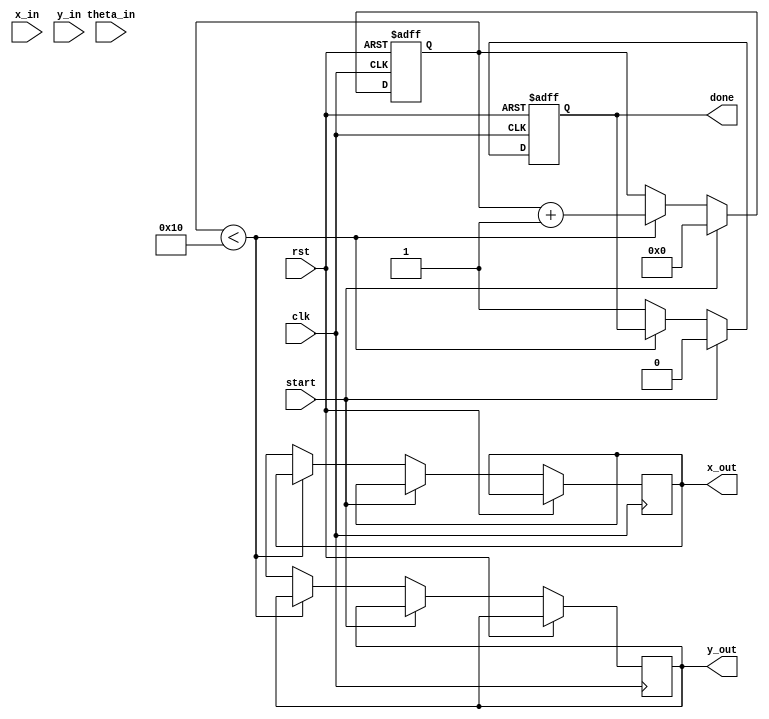
module Pipeline_CORDIC (
    input clk,                // Clock signal
    input rst,                // Reset signal
    input start,              // Start signal for processing
    input [15:0] x_in,        // Input X coordinate (fixed-point)
    input [15:0] y_in,        // Input Y coordinate (fixed-point)
    input [15:0] theta_in,    // Input angle (fixed-point)
    output reg [15:0] x_out,   // Output X coordinate (fixed-point)
    output reg [15:0] y_out,   // Output Y coordinate (fixed-point)
    output reg done            // Done signal
);

// Parameters
parameter NUM_ITERATIONS = 16; // Number of CORDIC iterations
parameter FIXED_POINT_SCALE = 16; // Fixed-point scaling

// Internal registers
reg [15:0] x_reg [0:NUM_ITERATIONS-1]; // Pipeline registers for X
reg [15:0] y_reg [0:NUM_ITERATIONS-1]; // Pipeline registers for Y
reg [15:0] theta_reg [0:NUM_ITERATIONS-1]; // Pipeline registers for angle
reg [3:0] iteration; // Current iteration
reg [15:0] angle_lookup [0:NUM_ITERATIONS-1]; // Lookup table for angles

// Initialize angle lookup table
initial begin
    angle_lookup[0] = 16'h2000; // atan(2^-0)
    angle_lookup[1] = 16'h199A; // atan(2^-1)
    angle_lookup[2] = 16'h1333; // atan(2^-2)
    angle_lookup[3] = 16'h0DB9; // atan(2^-3)
    angle_lookup[4] = 16'h0A3D; // atan(2^-4)
    angle_lookup[5] = 16'h0524; // atan(2^-5)
    angle_lookup[6] = 16'h028F; // atan(2^-6)
    angle_lookup[7] = 16'h0145; // atan(2^-7)
    angle_lookup[8] = 16'h00A2; // atan(2^-8)
    angle_lookup[9] = 16'h0051; // atan(2^-9)
    angle_lookup[10] = 16'h0029; // atan(2^-10)
    angle_lookup[11] = 16'h0014; // atan(2^-11)
    angle_lookup[12] = 16'h000A; // atan(2^-12)
    angle_lookup[13] = 16'h0005; // atan(2^-13)
    angle_lookup[14] = 16'h0003; // atan(2^-14)
    angle_lookup[15] = 16'h0001; // atan(2^-15)
end

// Control logic
always @(posedge clk or posedge rst) begin
    if (rst) begin
        iteration <= 0;
        done <= 0;
    end else if (start) begin
        // Initialize pipeline registers
        x_reg[0] <= x_in;
        y_reg[0] <= y_in;
        theta_reg[0] <= theta_in;
        iteration <= 0;
        done <= 0;
    end else if (iteration < NUM_ITERATIONS) begin
        // CORDIC processing
        x_reg[iteration + 1] <= x_reg[iteration] - (y_reg[iteration] >>> iteration);
        y_reg[iteration + 1] <= y_reg[iteration] + (x_reg[iteration] >>> iteration);
        theta_reg[iteration + 1] <= theta_reg[iteration] - angle_lookup[iteration];
        iteration <= iteration + 1;
    end else begin
        // Final output
        x_out <= x_reg[NUM_ITERATIONS];
        y_out <= y_reg[NUM_ITERATIONS];
        done <= 1;
    end
end

endmodule